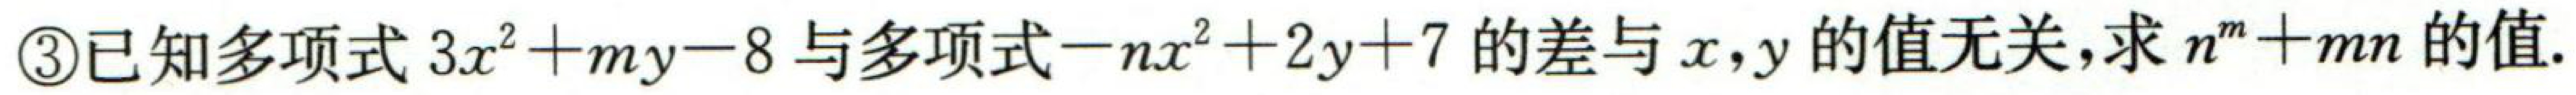
\textcircled{3}已知多项式\(3x^{2}+my - 8\)与多项式\(-nx^{2}+2y + 7\)的差与\(x,y\)的值无关,求\(n^{m}+mn\)的值.